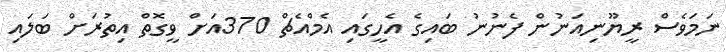
ނަމަވެސް ރީޔޫނިއަނުން ފެނުނު ބައިގެ އެހީގައި އެމްއެޗް 370އަށް ވީގޮތް އިތުރަށް ބަލައި